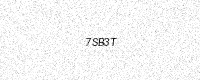
Text: 7SB3T